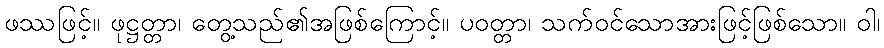
ဖဿဖြင့်။ ဖုဋ္ဌတ္တာ၊ တွေ့သည်၏အဖြစ်ကြောင့်။ ပဝတ္တာ၊ သက်ဝင်သောအားဖြင့်ဖြစ်သော။ ဝါ၊